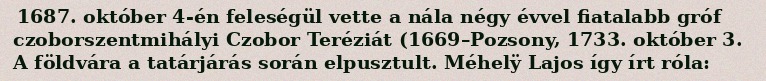
1687. október 4-én feleségül vette a nála négy évvel fiatalabb gróf czoborszentmihályi Czobor Teréziát (1669–Pozsony, 1733. október 3. A földvára a tatárjárás során elpusztult. Méhelÿ Lajos így írt róla: